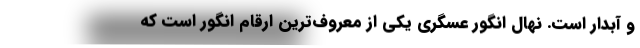
و آبدار است. نهال انگور عسگری یکی از معروف‌ترین ارقام انگور است که